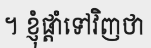
។ ខ្ញុំផ្តាំទៅវិញថា